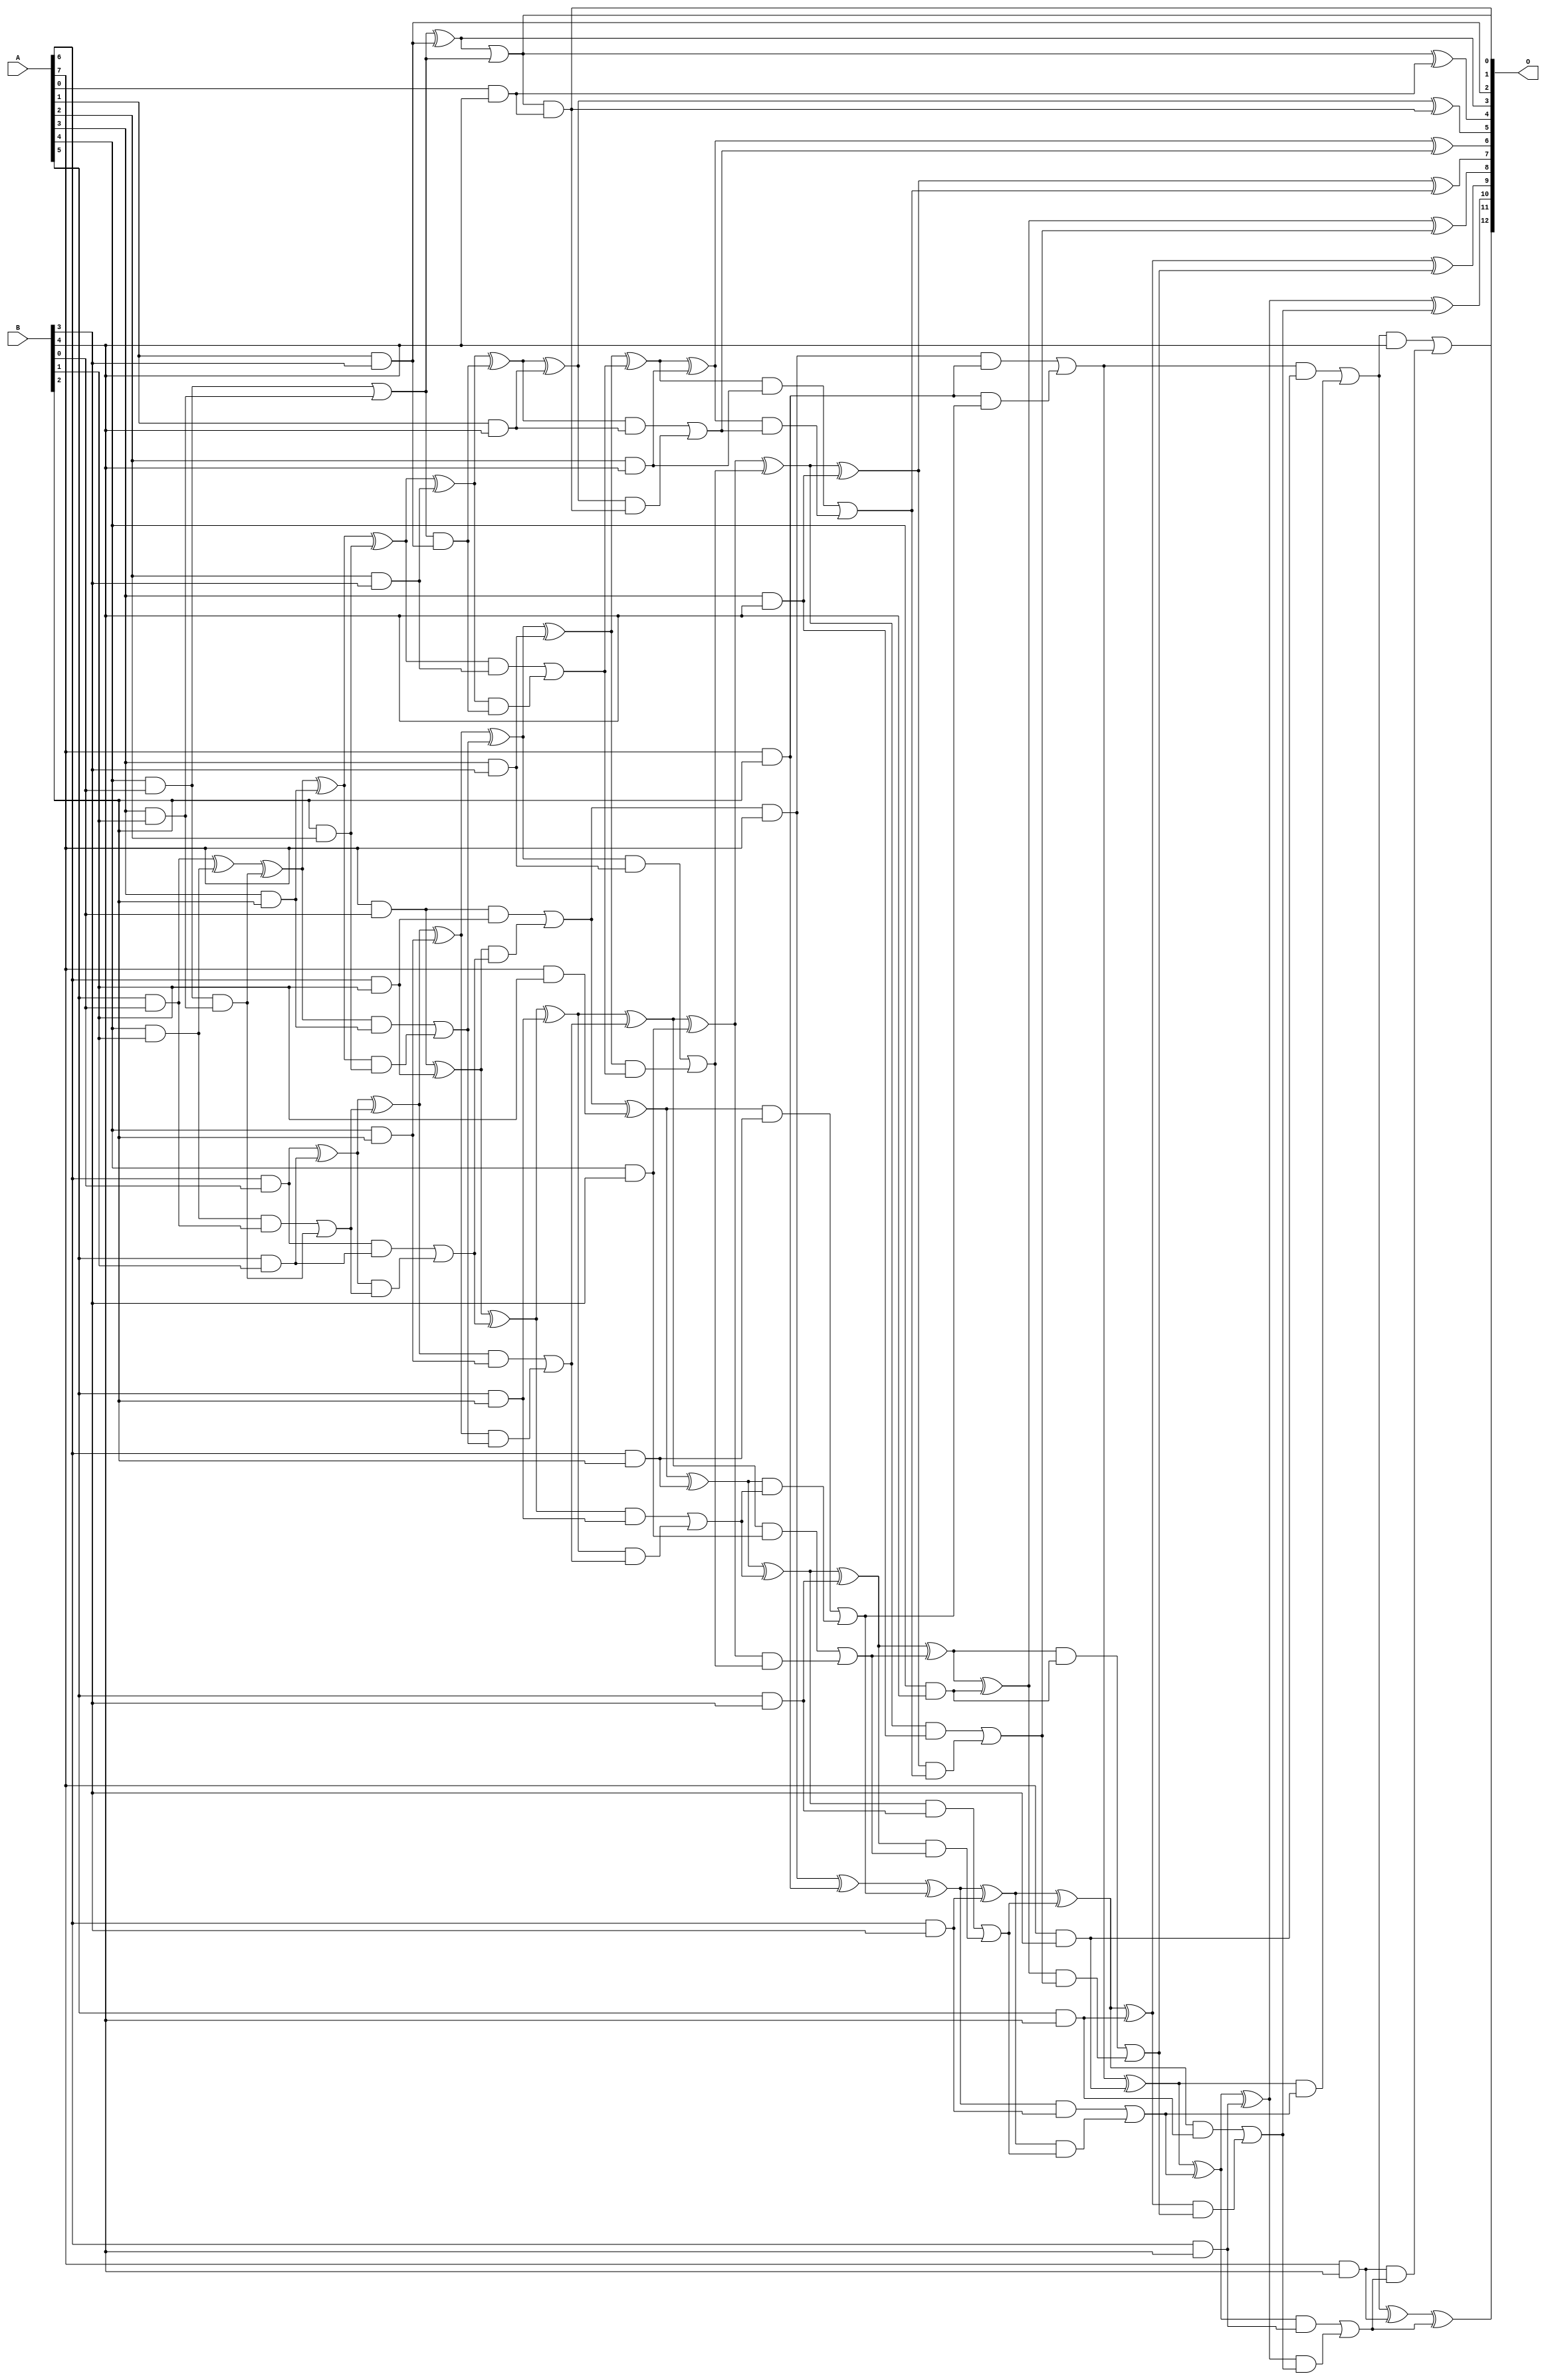
/***
* This code is a part of EvoApproxLib library (ehw.fit.vutbr.cz/approxlib) distributed under The MIT License.
* When used, please cite the following article(s): V. Mrazek, L. Sekanina, Z. Vasicek "Libraries of Approximate Circuits: Automated Design and Application in CNN Accelerators" IEEE Journal on Emerging and Selected Topics in Circuits and Systems, Vol 10, No 4, 2020 
* This file contains a circuit from a sub-set of pareto optimal circuits with respect to the pwr and mre parameters
***/
// MAE% = 0.089 %
// MAE = 7.3 
// WCE% = 0.28 %
// WCE = 23 
// WCRE% = 100.00 %
// EP% = 85.94 %
// MRE% = 2.15 %
// MSE = 86 
// PDK45_PWR = 0.155 mW
// PDK45_AREA = 350.1 um2
// PDK45_DELAY = 1.14 ns

module mul8x5u_31H (
    A,
    B,
    O
);

input [7:0] A;
input [4:0] B;
output [12:0] O;

wire sig_15,sig_17,sig_18,sig_19,sig_24,sig_25,sig_26,sig_27,sig_36,sig_37,sig_41,sig_42,sig_46,sig_49,sig_50,sig_51,sig_52,sig_53,sig_54,sig_55;
wire sig_56,sig_57,sig_58,sig_59,sig_60,sig_61,sig_62,sig_66,sig_67,sig_68,sig_69,sig_70,sig_79,sig_80,sig_83,sig_84,sig_85,sig_86,sig_87,sig_88;
wire sig_89,sig_90,sig_91,sig_92,sig_93,sig_94,sig_95,sig_96,sig_97,sig_98,sig_99,sig_100,sig_101,sig_102,sig_103,sig_105,sig_106,sig_107,sig_109,sig_110;
wire sig_111,sig_112,sig_113,sig_114,sig_115,sig_118,sig_119,sig_121,sig_123,sig_124,sig_125,sig_126,sig_127,sig_128,sig_129,sig_130,sig_131,sig_132,sig_133,sig_134;
wire sig_135,sig_136,sig_137,sig_138,sig_139,sig_140,sig_141,sig_142,sig_143,sig_144,sig_145,sig_146,sig_147,sig_148,sig_149,sig_150,sig_151,sig_152,sig_153,sig_154;
wire sig_155,sig_156,sig_157,sig_158,sig_159,sig_160,sig_161,sig_162,sig_163,sig_164,sig_165,sig_166,sig_167,sig_168,sig_169,sig_170,sig_171,sig_172,sig_173,sig_174;
wire sig_175,sig_176,sig_177,sig_178,sig_179,sig_180,sig_181,sig_182,sig_183,sig_184,sig_185,sig_186,sig_187,sig_188,sig_189,sig_190,sig_191,sig_192,sig_193,sig_194;
wire sig_195,sig_196,sig_197;

assign sig_15 = A[7] & B[0];
assign sig_17 = A[4] & B[0];
assign sig_18 = A[5] & B[0];
assign sig_19 = A[6] & B[0];
assign sig_24 = A[3] & B[1];
assign sig_25 = A[4] & B[1];
assign sig_26 = A[5] & B[1];
assign sig_27 = A[6] & B[1];
assign sig_36 = A[7] & B[1];
assign sig_37 = sig_25 & sig_18;
assign sig_41 = sig_17 | sig_24;
assign sig_42 = sig_17 & sig_24;
assign sig_46 = sig_18 ^ sig_25;
assign sig_49 = sig_46 ^ sig_42;
assign sig_50 = sig_37 | sig_42;
assign sig_51 = sig_19 ^ sig_26;
assign sig_52 = sig_19 & sig_26;
assign sig_53 = sig_51 & sig_50;
assign sig_54 = sig_51 ^ sig_50;
assign sig_55 = sig_52 | sig_53;
assign sig_56 = sig_15 ^ sig_27;
assign sig_57 = sig_15 & sig_27;
assign sig_58 = sig_56 & sig_55;
assign sig_59 = sig_56 ^ sig_55;
assign sig_60 = sig_57 | sig_58;
assign sig_61 = sig_60 & A[7];
assign sig_62 = sig_60 ^ sig_36;
assign sig_66 = A[3] & B[2];
assign sig_67 = A[4] & B[2];
assign sig_68 = A[5] & B[2];
assign sig_69 = A[6] & B[2];
assign sig_70 = A[7] & B[2];
assign sig_79 = sig_61 & sig_70;
assign sig_80 = B[2] & A[2];
assign sig_83 = sig_49 ^ sig_66;
assign sig_84 = sig_49 & sig_66;
assign sig_85 = sig_83 & sig_80;
assign sig_86 = sig_83 ^ sig_80;
assign sig_87 = sig_84 | sig_85;
assign sig_88 = sig_54 ^ sig_67;
assign sig_89 = sig_54 & sig_67;
assign sig_90 = sig_88 & sig_87;
assign sig_91 = sig_88 ^ sig_87;
assign sig_92 = sig_89 | sig_90;
assign sig_93 = sig_59 ^ sig_68;
assign sig_94 = sig_59 & sig_68;
assign sig_95 = sig_93 & sig_92;
assign sig_96 = sig_93 ^ sig_92;
assign sig_97 = sig_94 | sig_95;
assign sig_98 = sig_62 ^ sig_69;
assign sig_99 = sig_62 & sig_69;
assign sig_100 = sig_98 & sig_97;
assign sig_101 = sig_98 ^ sig_97;
assign sig_102 = sig_99 | sig_100;
assign sig_103 = sig_61 ^ sig_70;
assign sig_105 = sig_70 & sig_102;
assign sig_106 = sig_103 ^ sig_102;
assign sig_107 = sig_79 | sig_105;
assign sig_109 = A[1] & B[3];
assign sig_110 = A[2] & B[3];
assign sig_111 = A[3] & B[3];
assign sig_112 = A[4] & B[3];
assign sig_113 = A[5] & B[3];
assign sig_114 = A[6] & B[3];
assign sig_115 = A[7] & B[3];
assign sig_118 = sig_41 ^ sig_109;
assign sig_119 = sig_41 & sig_109;
assign sig_121 = sig_118 | sig_41;
assign sig_123 = sig_86 ^ sig_110;
assign sig_124 = sig_86 & sig_110;
assign sig_125 = sig_123 & sig_119;
assign sig_126 = sig_123 ^ sig_119;
assign sig_127 = sig_124 | sig_125;
assign sig_128 = sig_91 ^ sig_111;
assign sig_129 = sig_91 & sig_111;
assign sig_130 = sig_128 & sig_127;
assign sig_131 = sig_128 ^ sig_127;
assign sig_132 = sig_129 | sig_130;
assign sig_133 = sig_96 ^ sig_112;
assign sig_134 = sig_96 & sig_112;
assign sig_135 = sig_133 & sig_132;
assign sig_136 = sig_133 ^ sig_132;
assign sig_137 = sig_134 | sig_135;
assign sig_138 = sig_101 ^ sig_113;
assign sig_139 = sig_101 & sig_113;
assign sig_140 = sig_138 & sig_137;
assign sig_141 = sig_138 ^ sig_137;
assign sig_142 = sig_139 | sig_140;
assign sig_143 = sig_106 ^ sig_114;
assign sig_144 = sig_106 & sig_114;
assign sig_145 = sig_143 & sig_142;
assign sig_146 = sig_143 ^ sig_142;
assign sig_147 = sig_144 | sig_145;
assign sig_148 = sig_107 ^ sig_115;
assign sig_149 = sig_107 & sig_115;
assign sig_150 = sig_148 & sig_147;
assign sig_151 = sig_148 ^ sig_147;
assign sig_152 = sig_149 | sig_150;
assign sig_153 = A[0] & B[4];
assign sig_154 = A[1] & B[4];
assign sig_155 = A[2] & B[4];
assign sig_156 = A[3] & B[4];
assign sig_157 = A[4] & B[4];
assign sig_158 = A[5] & B[4];
assign sig_159 = A[6] & B[4];
assign sig_160 = A[7] & B[4];
assign sig_161 = sig_121 & sig_153;
assign sig_162 = sig_121 ^ sig_153;
assign sig_163 = sig_126 ^ sig_154;
assign sig_164 = sig_126 & sig_154;
assign sig_165 = sig_163 & sig_161;
assign sig_166 = sig_163 ^ sig_161;
assign sig_167 = sig_164 | sig_165;
assign sig_168 = sig_131 ^ sig_155;
assign sig_169 = sig_131 & sig_155;
assign sig_170 = sig_168 & sig_167;
assign sig_171 = sig_168 ^ sig_167;
assign sig_172 = sig_169 | sig_170;
assign sig_173 = sig_136 ^ sig_156;
assign sig_174 = sig_136 & sig_156;
assign sig_175 = sig_173 & sig_172;
assign sig_176 = sig_173 ^ sig_172;
assign sig_177 = sig_174 | sig_175;
assign sig_178 = sig_141 ^ sig_157;
assign sig_179 = sig_141 & sig_157;
assign sig_180 = sig_178 & sig_177;
assign sig_181 = sig_178 ^ sig_177;
assign sig_182 = sig_179 | sig_180;
assign sig_183 = sig_146 ^ sig_158;
assign sig_184 = sig_146 & sig_158;
assign sig_185 = sig_183 & sig_182;
assign sig_186 = sig_183 ^ sig_182;
assign sig_187 = sig_184 | sig_185;
assign sig_188 = sig_151 ^ sig_159;
assign sig_189 = sig_151 & sig_159;
assign sig_190 = sig_188 & sig_187;
assign sig_191 = sig_188 ^ sig_187;
assign sig_192 = sig_189 | sig_190;
assign sig_193 = sig_152 ^ sig_160;
assign sig_194 = sig_152 & B[4];
assign sig_195 = sig_160 & sig_192;
assign sig_196 = sig_193 ^ sig_192;
assign sig_197 = sig_194 | sig_195;

assign O[12] = sig_197;
assign O[11] = sig_196;
assign O[10] = sig_191;
assign O[9] = sig_186;
assign O[8] = sig_181;
assign O[7] = sig_176;
assign O[6] = sig_171;
assign O[5] = sig_166;
assign O[4] = sig_162;
assign O[3] = sig_118;
assign O[2] = sig_109;
assign O[1] = sig_161;
assign O[0] = sig_121;

endmodule